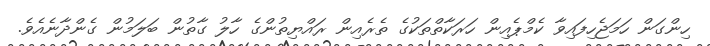
ހިންގަން ހަމަޖެހިފައިވާ ކެމްޕެއިން ހަރަކާތްތަކުގެ ތެރެއިން ރައްޔިތުންގެ ހާލު ގާތުން ބަލަމުން ގެންދާނެއެވެ.